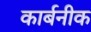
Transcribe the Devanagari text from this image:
कार्बनीक